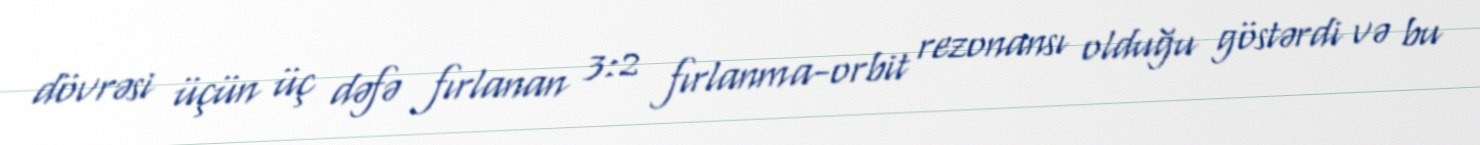
dövrəsi üçün üç dəfə fırlanan 3:2 fırlanma-orbit rezonansı olduğu göstərdi və bu